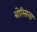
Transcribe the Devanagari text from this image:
बोरिसला